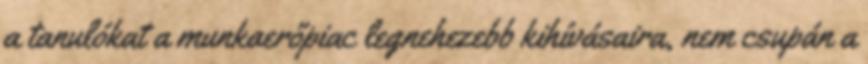
a tanulókat a munkaerőpiac legnehezebb kihívásaira, nem csupán a